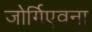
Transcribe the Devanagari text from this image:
जोर्गिएवना